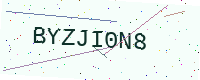
Text: BYZJI0N8